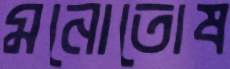
মনোতোষ